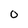
Character: 0